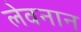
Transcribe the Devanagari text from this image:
लेवनान